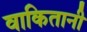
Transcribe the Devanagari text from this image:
वाकितानी